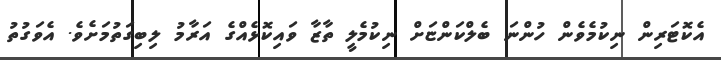
އެކޮޓަރިން ނިކުމެވެން ހުންނަ ބެލްކަންޏަށް ނިކުމެލީ ތާޒާ ވައިކޮޅެއްގެ އަރާމު ލިބިގަތުމަށެވެ. އެވަގުތު